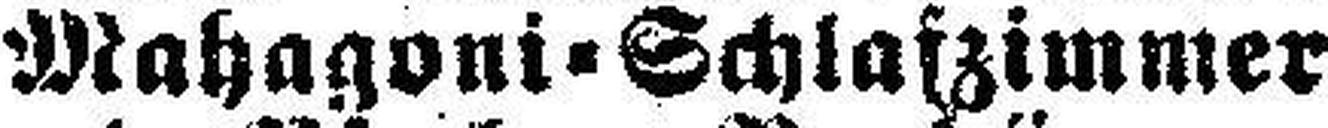
Mahagoni=Schlafzimmer